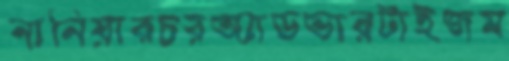
নানিয়ারচরঅ্যাডভারটাইজম